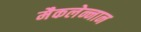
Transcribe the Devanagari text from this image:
मैकलेन्नान